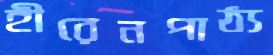
হীরেনপাঠ্য